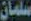
سلمان